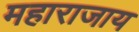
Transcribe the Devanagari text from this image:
महाराजाय